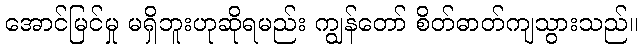
အောင်မြင်မှု မရှိဘူးဟုဆိုရမည်း ကျွန်တော် စိတ်ဓာတ်ကျသွားသည်။